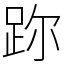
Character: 䟢